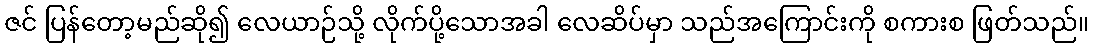
ဇင် ပြန်တော့မည်ဆို၍ လေယာဉ်သို့ လိုက်ပို့သောအခါ လေဆိပ်မှာ သည်အကြောင်းကို စကားစ ဖြတ်သည်။